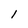
Character: l